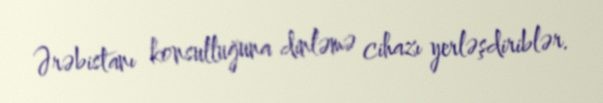
Ərəbistanı konsulluğuna dinləmə cihazı yerləşdiriblər.